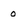
Character: 0